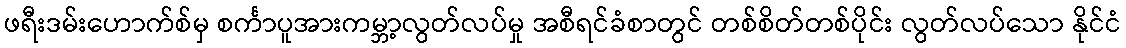
ဖရီးဒမ်းဟောက်စ်မှ စင်္ကာပူအားကမ္ဘာ့လွတ်လပ်မှု အစီရင်ခံစာတွင် တစ်စိတ်တစ်ပိုင်း လွတ်လပ်သော နိုင်ငံ